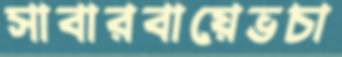
সাবারবায়েভচা